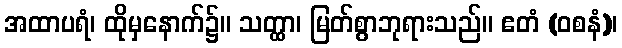
အထာပရံ၊ ထိုမှနောက်၌။ သတ္ထာ၊ မြတ်စွာဘုရားသည်။ ဧတံ (ဝစနံ)၊